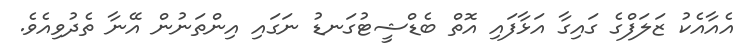
އެއާއެކު ޒަލަފްގެ ގައިގާ އަޅާފައި އޮތް ބެޑްޝީޓުގަނޑު ނަގައި އިންތަނުން އޭނާ ތެދުވިއެވެ.